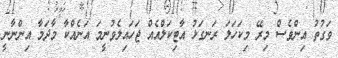
ވަގުތު އިންވެސް މިރޭ މިކަހަލަ ރަނގަޅު އާޓިކަލްއެއް ޖަހައިލެވުނީމަ އަނެއްކާ މާދަމާ އިންނާނީ